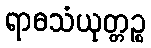
ရာဓသံယုတ္တဉ္စ